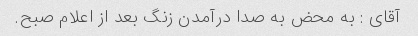
آقای : به محض به صدا درآمدن زنگ بعد از اعلام صبح.